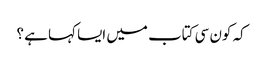
کہ کون سی کتاب میں ایسا کہا ہے ؟